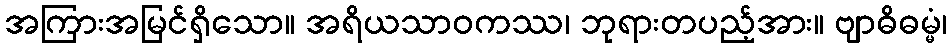
အကြားအမြင်ရှိသော။ အရိယသာဝကဿ၊ ဘုရားတပည့်အား။ ဗျာဓိဓမ္မံ၊